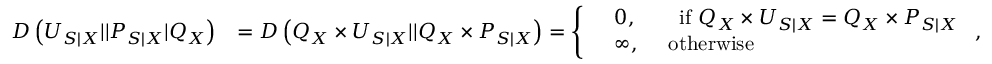
\begin{array} { r l } { D \left( U _ { S | X } | | P _ { S | X } | Q _ { X } \right) } & { = D \left( Q _ { X } \times U _ { S | X } | | Q _ { X } \times P _ { S | X } \right) = \left\{ \begin{array} { r l } & { 0 , \quad \quad \mathrm { i f ~ } Q _ { X } \times U _ { S | X } = Q _ { X } \times P _ { S | X } } \\ & { \infty , \quad \mathrm { ~ o t h e r w i s e } } \end{array} \right. , } \end{array}